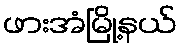
ဖားအံမြို့နယ်